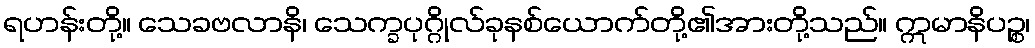
ရဟန်းတို့။ သေခဗလာနိ၊ သေက္ခပုဂ္ဂိုလ်ခုနစ်ယောက်တို့၏အားတို့သည်။ ဣမာနိပဉ္စ၊